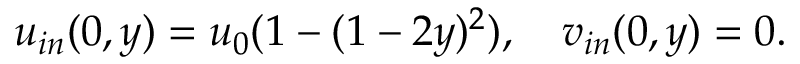
u _ { i n } ( 0 , y ) = u _ { 0 } ( 1 - ( 1 - 2 y ) ^ { 2 } ) , \quad v _ { i n } ( 0 , y ) = 0 .